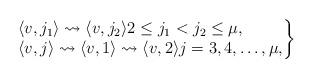
LaTeX: \begin{align*}\left.\begin{array}{@{}ll@{}}&\langle v,j_1\rangle\rightsquigarrow \langle v,j_2\rangle 2\le j_1<j_2\le\mu,\\&\langle v,j\rangle\rightsquigarrow \langle v,1\rangle\rightsquigarrow \langle v,2\rangle j=3,4,\ldots,\mu, \end{array}\right\}\end{align*}